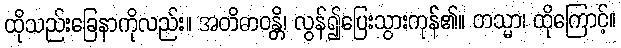
ထိုသည်းခြေနာကိုလည်း။ အတိဓာဝန္တိ၊ လွန်၍ပြေးသွားကုန်၏။ တသ္မာ၊ ထိုကြောင့်။